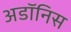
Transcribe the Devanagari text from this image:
अडॉनिस